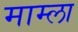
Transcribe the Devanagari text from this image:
माम्ला